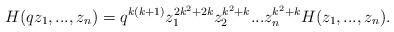
LaTeX: \begin{align*}H(qz_1,...,z_n)=q^{k(k+1)}z_1^{2k^2+2k}z_2^{k^2+k}...z_n^{k^2+k}H(z_1,...,z_n). \end{align*}